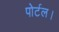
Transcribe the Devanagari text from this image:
पोर्टल।